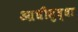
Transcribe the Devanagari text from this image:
आधीसुद्धा